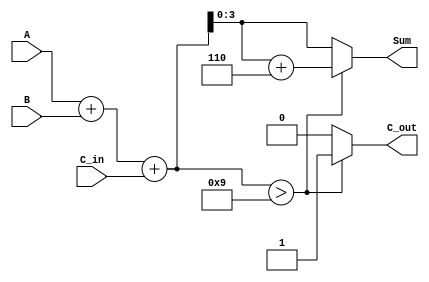
module BCD_Parallel_Adder (
    input  [3:0] A,       // BCD digit input A
    input  [3:0] B,       // BCD digit input B
    input        C_in,     // Carry input
    output reg [3:0] Sum,  // BCD sum output
    output reg C_out       // Carry output
);

    wire [4:0] S;          // 5-bit sum to accommodate carry
    wire [4:0] corrected_S; // Corrected sum if needed

    // Step 1: Perform binary addition
    assign S = A + B + C_in;

    // Step 2: Determine if correction is needed
    always @(*) begin
        if (S > 9) begin
            // If sum is greater than 9, we need to add 6 for BCD correction
            Sum = S + 6;
            C_out = 1; // Set carry out
        end else begin
            // If sum is valid BCD, no correction needed
            Sum = S;
            C_out = 0; // No carry out
        end
    end

endmodule